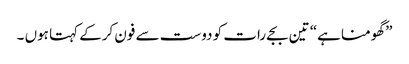
” گھومنا ہے“ تین بجے رات کو دوست سے فون کرکے کہتا ہوں ۔